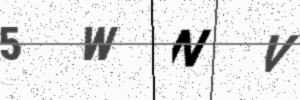
Text: 5WNV